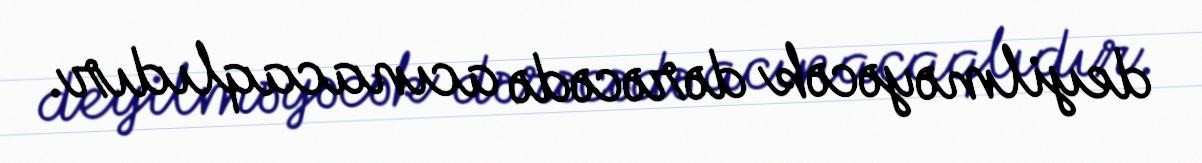
deyilməyəcək dərəcədə acınacaqlıdır.